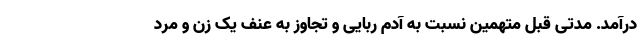
درآمد. مدتی قبل متهمین نسبت به آدم ربایی و تجاوز به عنف یک زن و مرد